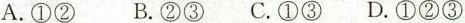
A.①② B.②③ C.①③ D.①②③